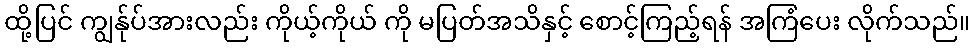
ထို့ပြင် ကျွန်ုပ်အားလည်း ကိုယ့်ကိုယ် ကို မပြတ်အသိနှင့် စောင့်ကြည့်ရန် အကြံပေး လိုက်သည်။